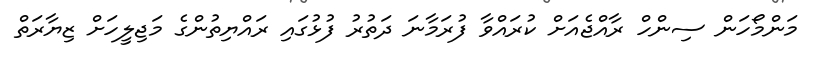
މަންމޯހަން ސިންހް ރާއްޖެއަށް ކުރައްވާ ފުރަމާނަ ދަތުރު ފުޅުގައި ރައްޔިތުންގެ މަޖިލީހަށް ޒިޔާރަތް